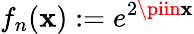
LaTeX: f_{n}(\mathbf{x}):=e^{2\piin\mathbf{x}}